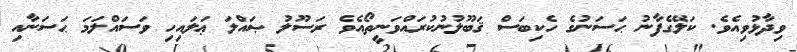
ވިދާޅުވިއެވެ. ކަލޭގެފާނު ޙަސަނުގެ ހެކިބަސް ޤަބޫލުނުކުރައްވަނީތޯއެވެ ރަސޫލު ޞައްލަ ޢަލައިހި ވަސައްލަމަ ޙަސަނާއި